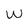
Character: w